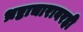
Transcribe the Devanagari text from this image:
भ्रष्टाचारावरही